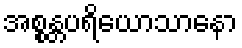
အစ္စန္တပရိယောသာနော